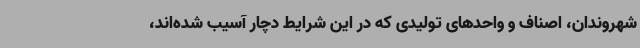
شهروندان، اصناف و واحدهای تولیدی که در این شرایط دچار آسیب شده‌اند،